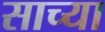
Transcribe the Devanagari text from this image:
साच्या